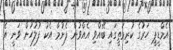
އެމްޑީޕީ ހަރުގެ ކުރިމަތީގައި ބޭއްވި އެއްވުން ފެށުމާ އެކު ފުލުހުން ވަނީ އެ